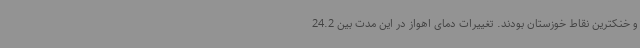
و خنکترین نقاط خوزستان بودند. تغییرات دمای اهواز در این مدت بین 24.2